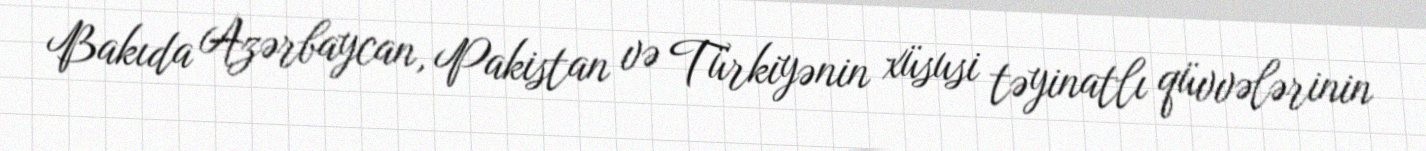
Bakıda Azərbaycan, Pakistan və Türkiyənin xüsusi təyinatlı qüvvələrinin